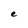
Character: e